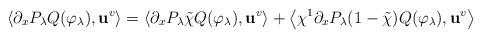
\begin{align*}\left\langle \partial_x P_\lambda Q(\varphi_\lambda),\mathbf{u}^v\right\rangle&=\left\langle \partial_x P_\lambda \tilde{\chi}Q(\varphi_\lambda),\mathbf{u}^v\right\rangle+\left\langle \chi^1\partial_x P_\lambda(1-\tilde{\chi})Q(\varphi_\lambda),\mathbf{u}^v\right\rangle \end{align*}